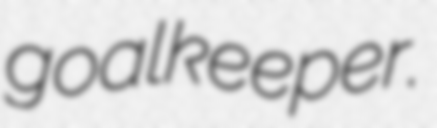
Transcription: goalkeeper.